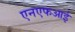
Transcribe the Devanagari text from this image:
एनएफआई